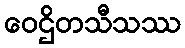
ဝေဌိတသီသဿ